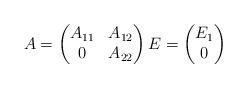
LaTeX: \begin{align*}A = \begin{pmatrix}A_{11} & A_{12} \\ 0 & A_{22}\end{pmatrix} E = \begin{pmatrix}E_{1} \\ 0 \end{pmatrix}\end{align*}